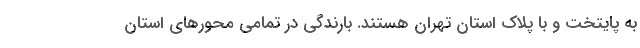
به پایتخت و با پلاک استان تهران هستند. بارندگی در تمامی محورهای استان